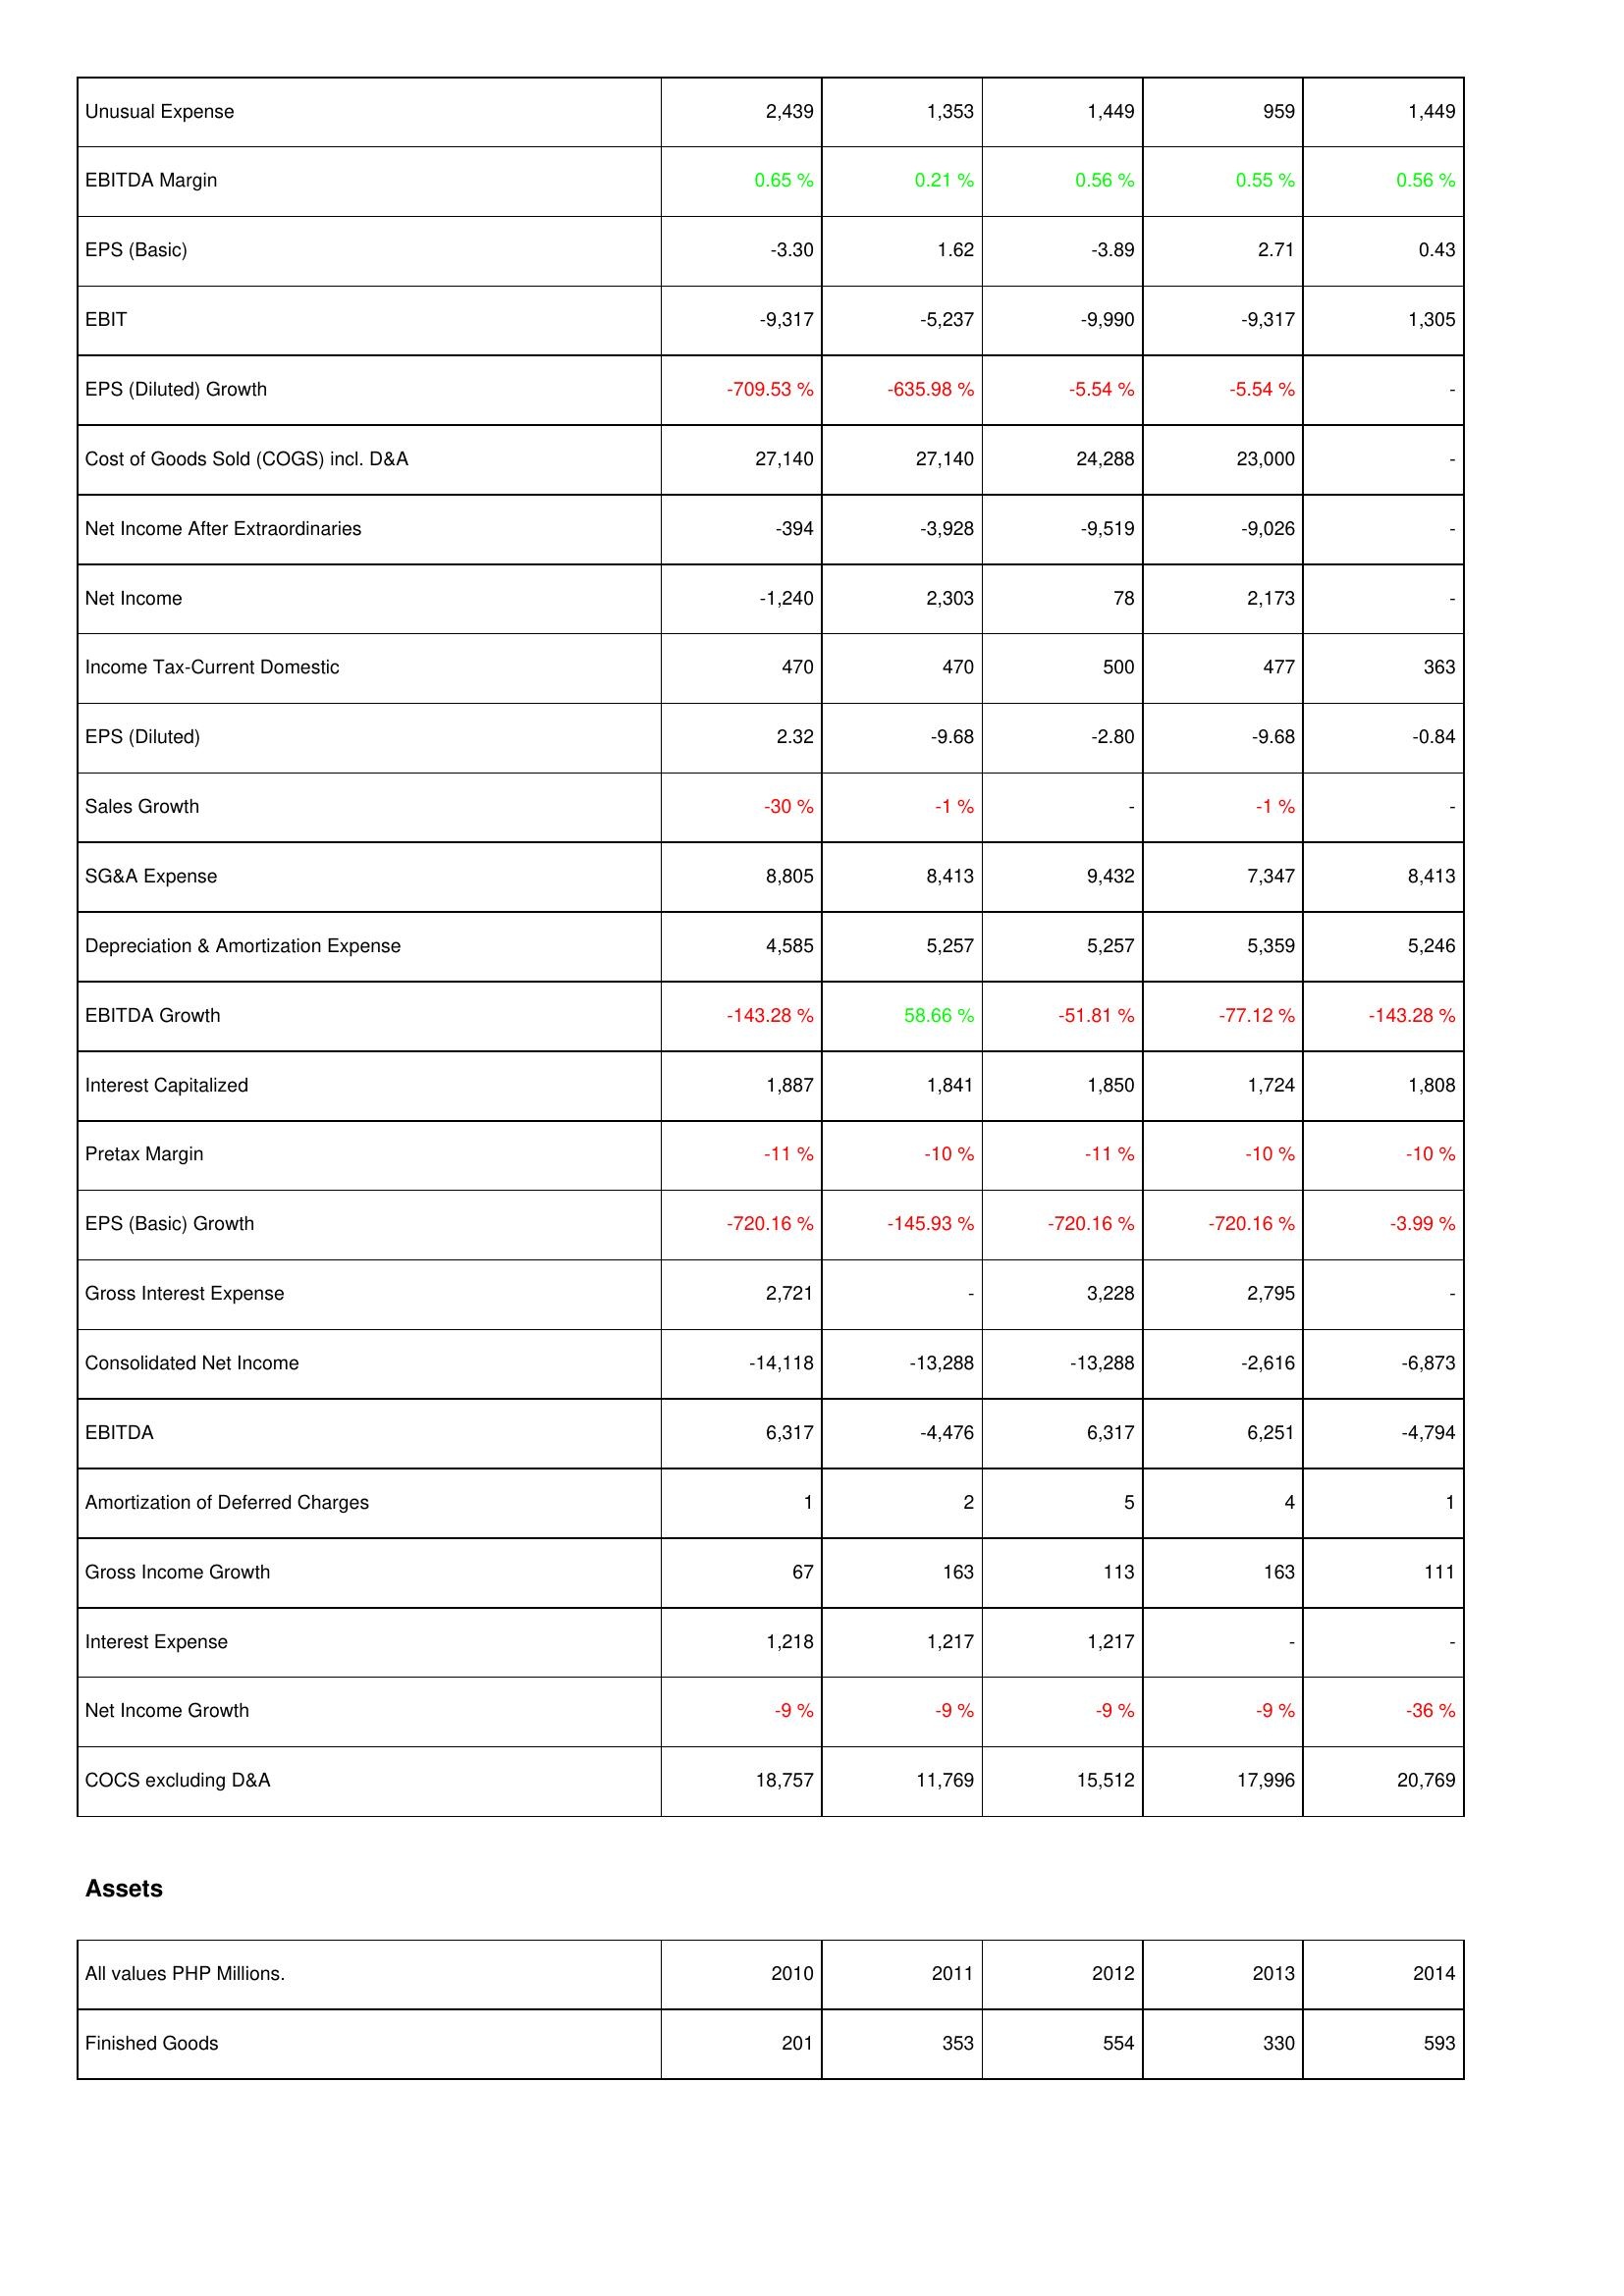
2010: Income Statement: Unusual Expense: 2,439
EBITDA Margin: 0.65 %
EPS (Basic): -3.30
EBIT: -9,317
EPS (Diluted) Growth: -709.53 %
Cost of Goods Sold (COGS) incl. D&A: 27,140
Net Income After Extraordinaries: -394
Net Income: -1,240
Income Tax-Current Domestic: 470
EPS (Diluted): 2.32
Sales Growth: -30 %
SG&A Expense: 8,805
Depreciation & Amortization Expense: 4,585
EBITDA Growth: -143.28 %
Interest Capitalized: 1,887
Pretax Margin: -11 %
EPS (Basic) Growth: -720.16 %
Gross Interest Expense: 2,721
Consolidated Net Income: -14,118
EBITDA: 6,317
Amortization of Deferred Charges: 1
Gross Income Growth: 67
Interest Expense: 1,218
Net Income Growth: -9 %
COCS excluding D&A: 18,757
Assets: Finished Goods: 201
2011: Income Statement: Unusual Expense: 1,353
EBITDA Margin: 0.21 %
EPS (Basic): 1.62
EBIT: -5,237
EPS (Diluted) Growth: -635.98 %
Cost of Goods Sold (COGS) incl. D&A: 27,140
Net Income After Extraordinaries: -3,928
Net Income: 2,303
Income Tax-Current Domestic: 470
EPS (Diluted): -9.68
Sales Growth: -1 %
SG&A Expense: 8,413
Depreciation & Amortization Expense: 5,257
EBITDA Growth: 58.66 %
Interest Capitalized: 1,841
Pretax Margin: -10 %
EPS (Basic) Growth: -145.93 %
Gross Interest Expense: -
Consolidated Net Income: -13,288
EBITDA: -4,476
Amortization of Deferred Charges: 2
Gross Income Growth: 163
Interest Expense: 1,217
Net Income Growth: -9 %
COCS excluding D&A: 11,769
Assets: Finished Goods: 353
2012: Income Statement: Unusual Expense: 1,449
EBITDA Margin: 0.56 %
EPS (Basic): -3.89
EBIT: -9,990
EPS (Diluted) Growth: -5.54 %
Cost of Goods Sold (COGS) incl. D&A: 24,288
Net Income After Extraordinaries: -9,519
Net Income: 78
Income Tax-Current Domestic: 500
EPS (Diluted): -2.80
Sales Growth: -
SG&A Expense: 9,432
Depreciation & Amortization Expense: 5,257
EBITDA Growth: -51.81 %
Interest Capitalized: 1,850
Pretax Margin: -11 %
EPS (Basic) Growth: -720.16 %
Gross Interest Expense: 3,228
Consolidated Net Income: -13,288
EBITDA: 6,317
Amortization of Deferred Charges: 5
Gross Income Growth: 113
Interest Expense: 1,217
Net Income Growth: -9 %
COCS excluding D&A: 15,512
Assets: Finished Goods: 554
2013: Income Statement: Unusual Expense: 959
EBITDA Margin: 0.55 %
EPS (Basic): 2.71
EBIT: -9,317
EPS (Diluted) Growth: -5.54 %
Cost of Goods Sold (COGS) incl. D&A: 23,000
Net Income After Extraordinaries: -9,026
Net Income: 2,173
Income Tax-Current Domestic: 477
EPS (Diluted): -9.68
Sales Growth: -1 %
SG&A Expense: 7,347
Depreciation & Amortization Expense: 5,359
EBITDA Growth: -77.12 %
Interest Capitalized: 1,724
Pretax Margin: -10 %
EPS (Basic) Growth: -720.16 %
Gross Interest Expense: 2,795
Consolidated Net Income: -2,616
EBITDA: 6,251
Amortization of Deferred Charges: 4
Gross Income Growth: 163
Interest Expense: -
Net Income Growth: -9 %
COCS excluding D&A: 17,996
Assets: Finished Goods: 330
2014: Income Statement: Unusual Expense: 1,449
EBITDA Margin: 0.56 %
EPS (Basic): 0.43
EBIT: 1,305
EPS (Diluted) Growth: -
Cost of Goods Sold (COGS) incl. D&A: -
Net Income After Extraordinaries: -
Net Income: -
Income Tax-Current Domestic: 363
EPS (Diluted): -0.84
Sales Growth: -
SG&A Expense: 8,413
Depreciation & Amortization Expense: 5,246
EBITDA Growth: -143.28 %
Interest Capitalized: 1,808
Pretax Margin: -10 %
EPS (Basic) Growth: -3.99 %
Gross Interest Expense: -
Consolidated Net Income: -6,873
EBITDA: -4,794
Amortization of Deferred Charges: 1
Gross Income Growth: 111
Interest Expense: -
Net Income Growth: -36 %
COCS excluding D&A: 20,769
Assets: Finished Goods: 593